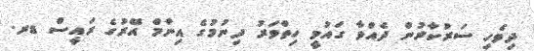
ދިވެހި ސަރުކާރުން ދެއްވާ ގައުމީ ހިތްވަރު ދިނުމުގެ އިނާމް އޭރުގެ ރައީސް ޑރ.